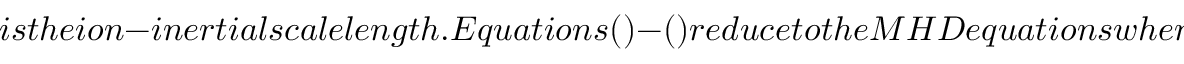
i s t h e i o n - i n e r t i a l s c a l e l e n g t h . E q u a t i o n s ( ) - ( ) r e d u c e t o t h e M H D e q u a t i o n s w h e n